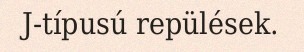
J-típusú repülések.